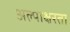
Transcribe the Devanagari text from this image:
अल्पाक्षरता